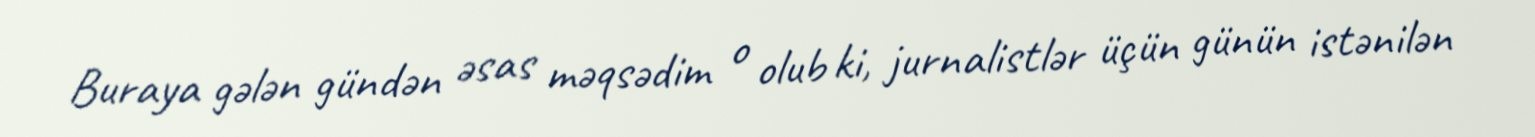
Buraya gələn gündən əsas məqsədim o olub ki, jurnalistlər üçün günün istənilən